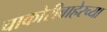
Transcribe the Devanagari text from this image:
चाकोरीबाहेरच्या